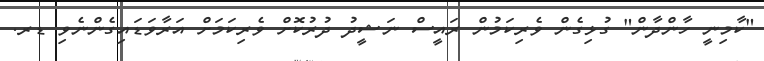
"ކާމިނީ ހާންދާން" ގުޅިގެން ވެރިކަމުން ރައީސް ނަޝީދު ދުރުކޮށް ވެރިކަމަށް އަރާވަޑައިގެންނެވި ޑރ.